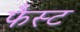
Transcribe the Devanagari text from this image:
फैस्ट